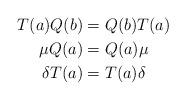
LaTeX: \begin{align*}T(a)Q(b)&=Q(b)T(a)\\\mu Q(a)&=Q(a)\mu\\\delta T(a)&=T(a)\delta\end{align*}